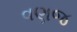
વણજ